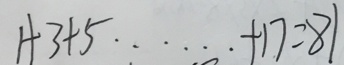
1 + 3 + 5 \cdots + 1 7 = 8 1